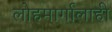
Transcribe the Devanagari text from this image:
लोहमार्गालाही